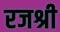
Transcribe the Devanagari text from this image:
रजश्री